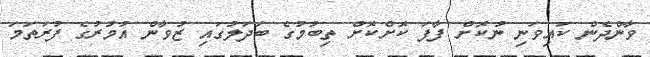
ވާންދެން ކައިވަނި ނުކޮށް ފާފަ ކޮށްކޮށް ތިބުމުގެ ބަދަލުގައި ޒުވާން އުމުރުގެ ފުރަތަމަ